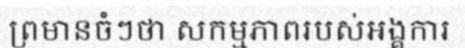
ព្រមានចំៗថា សកម្មភាពរបស់អង្គការ